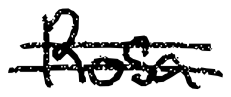
Text: Rosa
Cross-out: double-line
Writing tool: digital_black